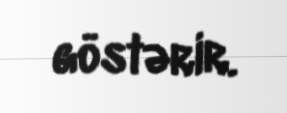
göstərir.